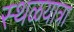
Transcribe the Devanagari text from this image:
स्थळयात्रा